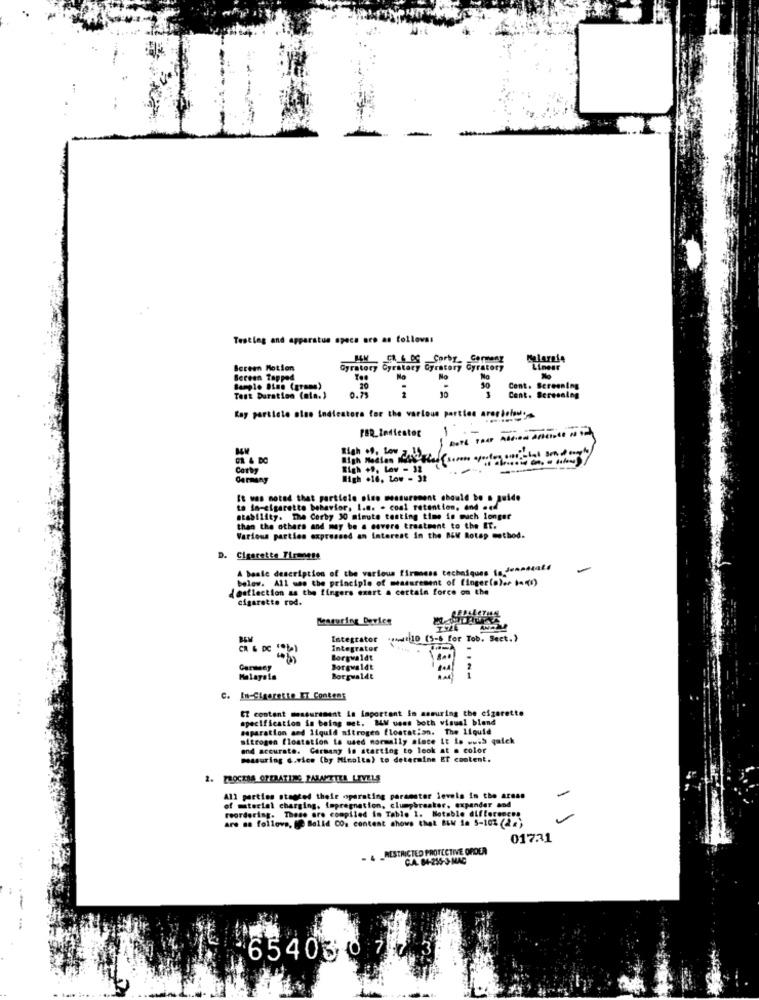
Testing and apparatus specs oro as follows:
HOW GLG Of Corby_ Germany
Screen Motion
Gyratory Cyratary Gyratary Cyratory
Linesr
Bereen Tapped
Na
20
Cont. Screening
Tost Duration (min.)
0.79
10
Cent. Seresning
Kay particle alne indicatore for the various parties arer toledo
1 .-
High of, Low Jouets
Righ +9. Lav - 32
High .16, Low - 32
It was noted that particle pino measurement should be a guide
to in-cigarette behavior, I.e. . coal retention, and aud
stability. The Corby 30 minute testing time is much longer
than the others and may be a covere treatment to the ET.
Various parties expressed an interest in the BEM Rotap method.
Cigarette Firmness
A basic description of the various firmness techniques is Jennstate
below. All was the principle of measurement of (inger(o)er tan(i)
{matlection as the fingers exart a certain force on the
cigarette rod.
Integrator +++4 10 (5-6 for Tob. Sect.)
CR & DC
Integrator
Borgwaldt
.
Borgwaldt
2
Malaysia
Borgwaldt
C. In-Sigereste ET Contens
CZ content measurement is important in memuring the cigarette
specification in being met. BLW uoes both visual blond
separation and liquid nitrogen flostation. The liquid
nitrogen floatation to used normally alace it is wuis quick
and accurate. Carmamy is starting to look at . color
measuring d.vice (by Minolta) to determine ET content.
All parties staated thele operating parameter levels in the areas
of material charging, impregnation, clumpbreaker, expander and
reordering. These are compiled in Table 1. Notable differences
are no follows, te Balld CO. content shows that BLM 1a 5-102 (24)
01731
- 4 _RESTRICTED PROTECTIVE ORDER
C.A. 84-235-3-MAC
--
654030747